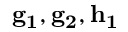
\mathbf { g _ { 1 } } , \mathbf { g _ { 2 } } , \mathbf { h _ { 1 } }